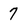
Character: 7